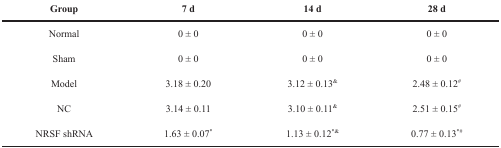
<table><thead><tr><td><b>Group</b></td><td><b>7 d</b></td><td><b>14 d</b></td><td><b>28 d</b></td></tr></thead><tbody><tr><td>Normal</td><td>0 ± 0</td><td>0 ± 0</td><td>0 ± 0</td></tr><tr><td>Sham</td><td>0 ± 0</td><td>0 ± 0</td><td>0 ± 0</td></tr><tr><td>Model</td><td>3.18 ± 0.20</td><td>3.12 ± 0.13<sup>&amp;</sup></td><td>2.48 ± 0.12<sup>#</sup></td></tr><tr><td>NC</td><td>3.14 ± 0.11</td><td>3.10 ± 0.11<sup>&amp;</sup></td><td>2.51 ± 0.15<sup>#</sup></td></tr><tr><td>NRSF shRNA</td><td>1.63 ± 0.07<sup>*</sup></td><td>1.13 ± 0.12<sup>*&amp;</sup></td><td>0.77 ± 0.13<sup>*#</sup></td></tr></tbody></table>